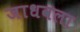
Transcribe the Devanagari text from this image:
जाधवला